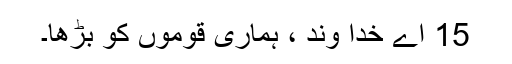
15 اے خدا وند ، ہماری قوموں کو بڑھا۔